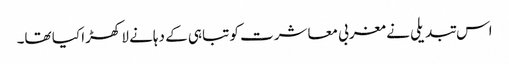
اس تبدیلی نے مغربی معاشرت کو تباہی کے دہانے لا کھڑا کیا تھا۔